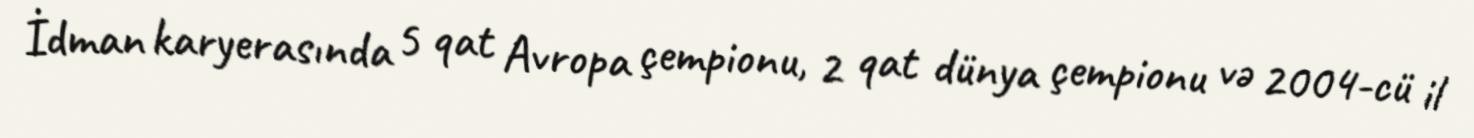
İdman karyerasında 5 qat Avropa çempionu, 2 qat dünya çempionu və 2004-cü il